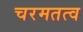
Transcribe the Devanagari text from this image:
चरमतत्व